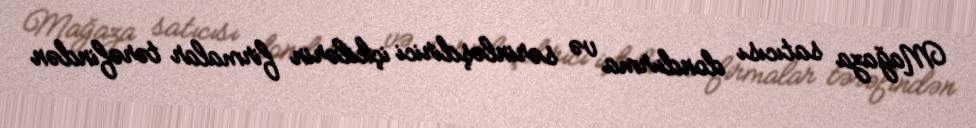
Mağaza satıcısı dondurma və sərinləşdirici içkilərin firmalar tərəfindən